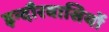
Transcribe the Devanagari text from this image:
इन्दौरवासियों